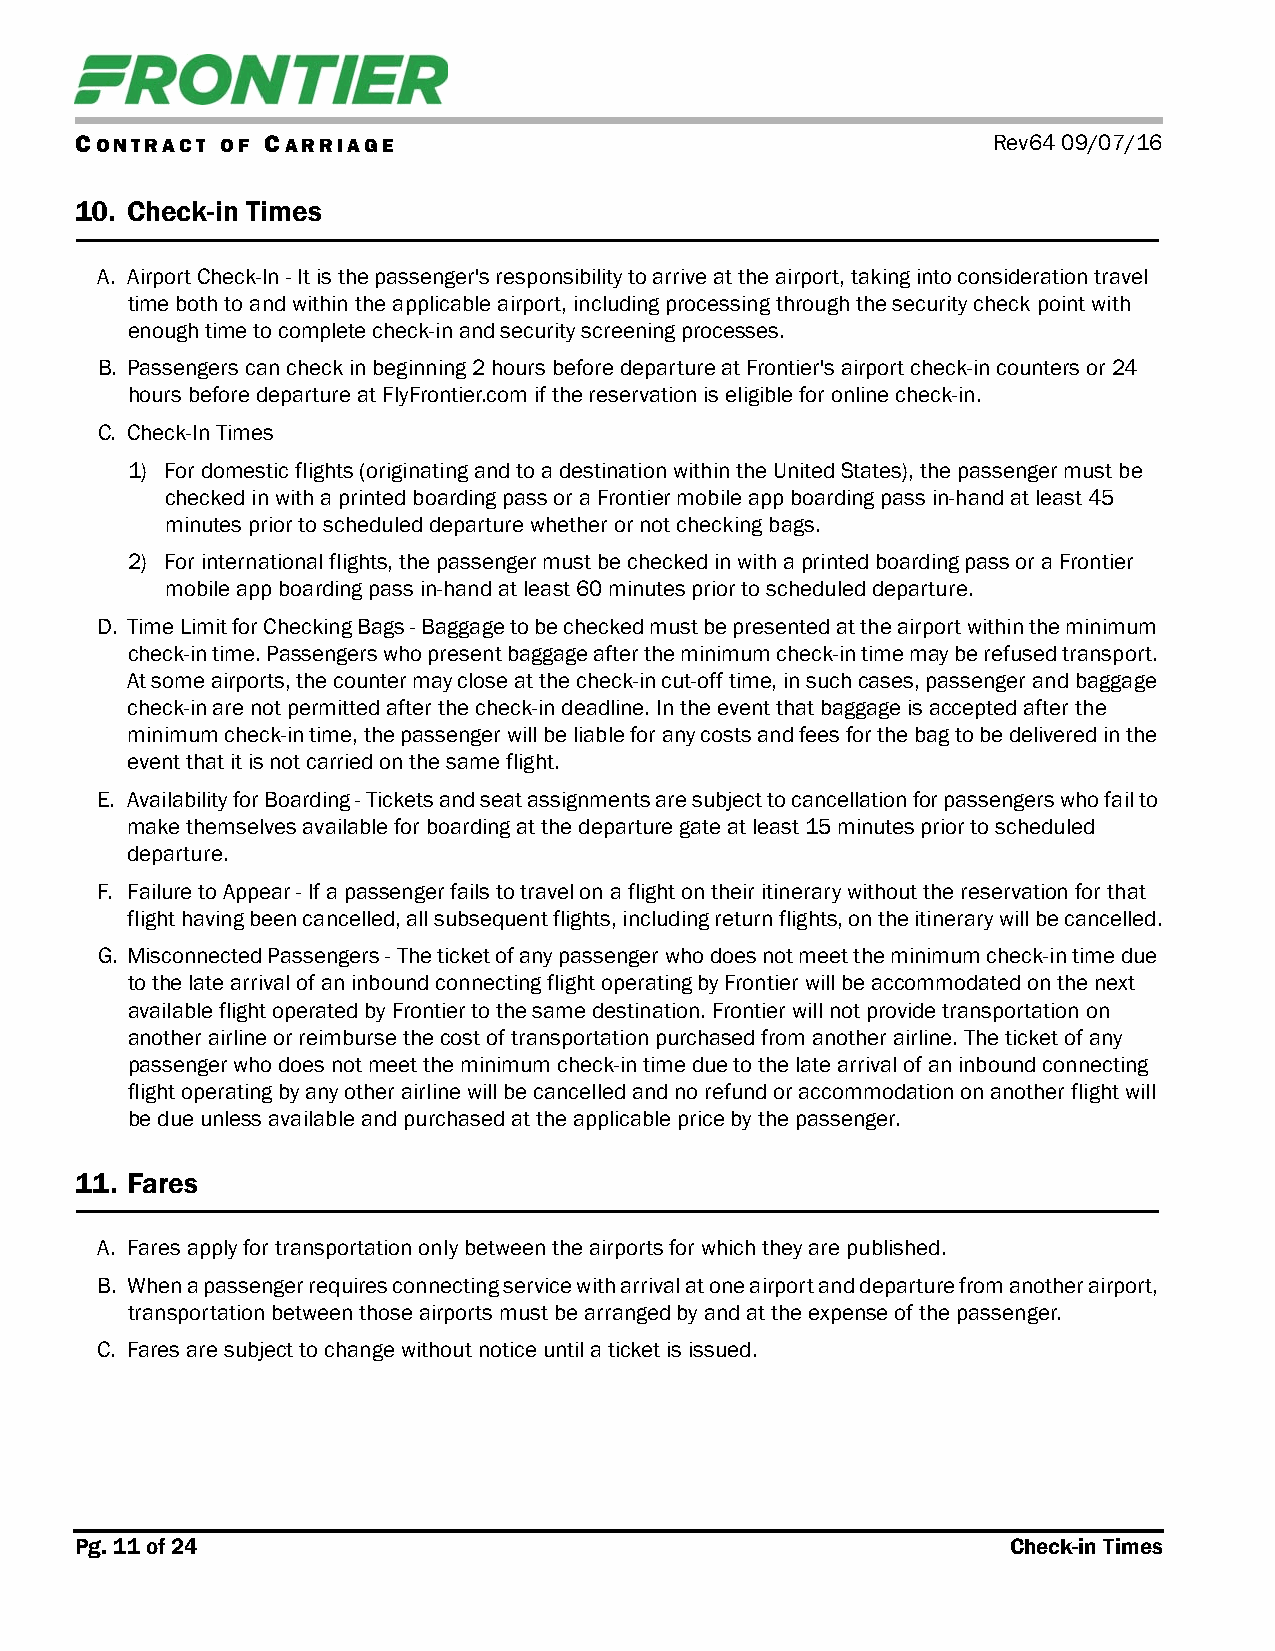
CONTRACT  OF CARRIAGE                                        Rev64 09/07/16
 10. Check-in Times
 A. Airport Check-In - It is the passenger's responsibility to arrive at the airport, taking into consideration travel
 time both to and within the applicable airport, including processing through the security check point with
 enough time to complete check-in and security screening processes.
 B. Passengers can check in beginning 2 hours before departure at Frontier's airport check-in counters or 24
 hours before departure at FlyFrontier.com if the reservation is eligible for online check-in.
 C. Check-In Times
 1) For domestic flights (originating and to a destination within the United States), the passenger must be
 checked in with a printed boarding pass or a Frontier mobile app boarding pass in-hand at least 45
 minutes prior to scheduled departure whether or not checking bags.
 2) For international flights, the passenger must be checked in with a printed boarding pass or a Frontier
 mobile app boarding pass in-hand at least 60 minutes prior to scheduled departure.
 D. Time Limit for Checking Bags - Baggage to be checked must be presented at the airport within the minimum
 check-in time. Passengers who present baggage after the minimum check-in time may be refused transport.
 At some airports, the counter may close at the check-in cut-off time, in such cases, passenger and baggage
 check-in are not permitted after the check-in deadline. In the event that baggage is accepted after the
 minimum check-in time, the passenger will be liable for any costs and fees for the bag to be delivered in the
 event that it is not carried on the same flight.
 E. Availability for Boarding - Tickets and seat assignments are subject to cancellation for passengers who fail to
 make themselves available for boarding at the departure gate at least 15 minutes prior to scheduled
 departure.
 F. Failure to Appear - If a passenger fails to travel on a flight on their itinerary without the reservation for that
 flight having been cancelled, all subsequent flights, including return flights, on the itinerary will be cancelled.
 G. Misconnected Passengers - The ticket of any passenger who does not meet the minimum check-in time due
 to the late arrival of an inbound connecting flight operating by Frontier will be accommodated on the next
 available flight operated by Frontier to the same destination. Frontier will not provide transportation on
 another airline or reimburse the cost of transportation purchased from another airline. The ticket of any
 passenger who does not meet the minimum check-in time due to the late arrival of an inbound connecting
 flight operating by any other airline will be cancelled and no refund or accommodation on another flight will
 be due unless available and purchased at the applicable price by the passenger.
 11. Fares
 A. Fares apply for transportation only between the airports for which they are published.
 B. When a passenger requires connecting service with arrival at one airport and departure from another airport,
 transportation between those airports must be arranged by and at the expense of the passenger.
 C. Fares are subject to change without notice until a ticket is issued.
 Pg. 11 of 24                                                  Check-in Times